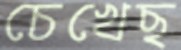
চেখেছ